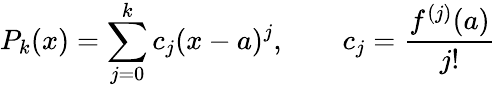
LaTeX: P_{k}(x)=\sum_{j=0}^{k}c_{j}(x-a)^{j},\qquad c_{j}={\frac{f^{(j)}(a)}{j!}}